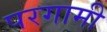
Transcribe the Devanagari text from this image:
परगामी